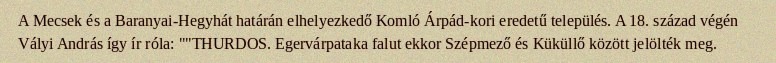
A Mecsek és a Baranyai-Hegyhát határán elhelyezkedő Komló Árpád-kori eredetű település. A 18. század végén Vályi András így ír róla: ""THURDOS. Egervárpataka falut ekkor Szépmező és Küküllő között jelölték meg.